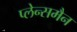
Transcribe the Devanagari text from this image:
प्लेन्समैन